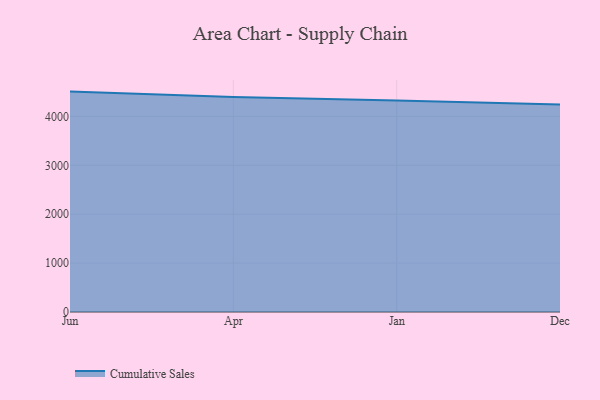
{"axis": {"x": "Month", "y": "Customer Acquisition Cost (USD)"}, "legend": ["Cumulative Sales"], "data": [{"x": "Jun", "y": 4507.1, "type": "Cumulative Sales"}, {"x": "Apr", "y": 4398.6, "type": "Cumulative Sales"}, {"x": "Jan", "y": 4323.5, "type": "Cumulative Sales"}, {"x": "Dec", "y": 4244.0, "type": "Cumulative Sales"}]}